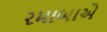
રમાબાએ